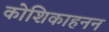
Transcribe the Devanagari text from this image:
कोशिकाहनन